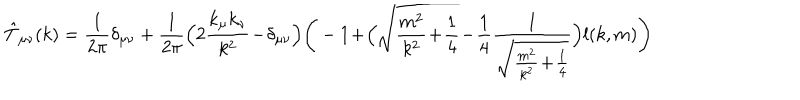
LaTeX: \hat { T } _ { \mu \nu } ( k ) = \frac { 1 } { 2 \pi } \delta _ { \mu \nu } + \frac { 1 } { 2 \pi } \Big ( 2 \frac { k _ { \mu } k _ { \nu } } { k ^ { 2 } } \! - \! \delta _ { \mu \nu } \Big ) \Bigg ( - 1 \! + \! \Big ( \sqrt { \frac { m ^ { 2 } } { k ^ { 2 } } \! + \! \frac { 1 } { 4 } } \! - \! \frac { 1 } { 4 } \frac { 1 } { \sqrt { \frac { m ^ { 2 } } { k ^ { 2 } } \! + \! \frac { 1 } { 4 } } } \Big ) l ( k , m ) \Bigg )